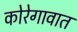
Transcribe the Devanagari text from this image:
कोरेगावात